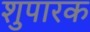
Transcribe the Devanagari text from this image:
शुपारक